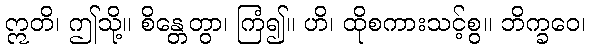
ဣတိ၊ ဤသို့။ စိန္တေတွာ၊ ကြံ၍။ ဟိ၊ ထိုစကားသင့်စွ။ ဘိက္ခဝေ၊